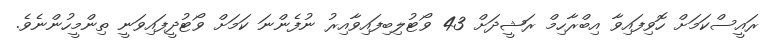
ރައީސްކަމަށް ހޮވިފައިވާ އިބްރާހިމް ރަޝީދަށް 43 ވޯޓުލިބިފައިވާއިރު ނުފެންނަ ކަމަށް ވޯޓުދީފައިވަނީ ތިންމީހުންނެވެ.